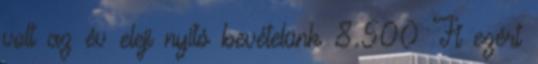
volt az év eleji nyitó bevételünk 8.500 Ft ezért